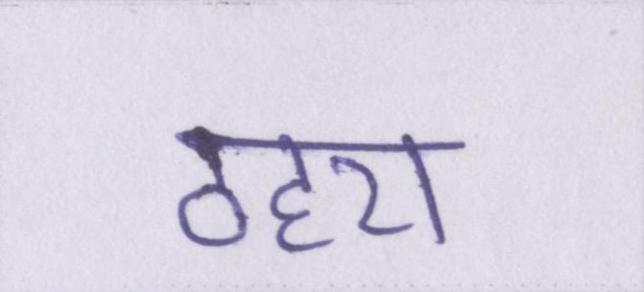
ठहरा